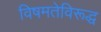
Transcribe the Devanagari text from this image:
विषमतेविरूद्ध